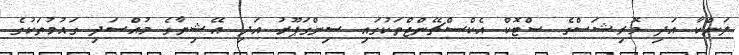
ލަންކާ އަދި މޮރިޝަސްގެ ސްޓޮކް އެކްސްޗޭންޖްތަކުގައި ސިންގަޕޫރު އަދި އޭޝިޔާގެ މުއްސަދި ގައުމުތަކުގެ